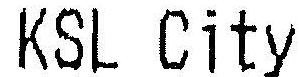
KSL CITY